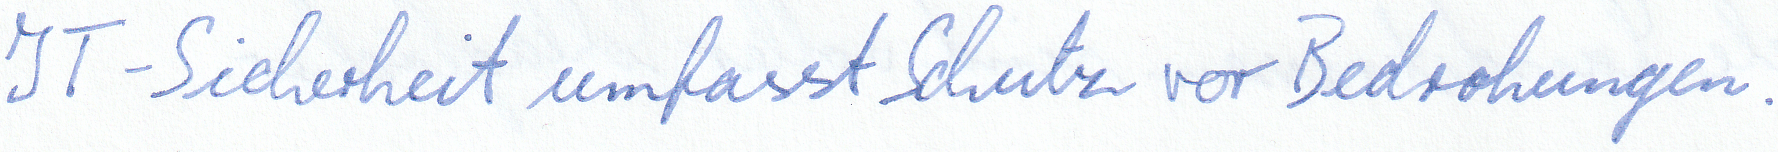
IT-Sicherheit umfasst Schutz vor Bedrohungen.